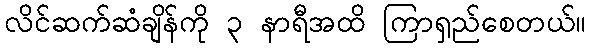
လိင်ဆက်ဆံချိန်ကို ၃ နာရီအထိ ကြာရှည်စေတယ်။